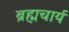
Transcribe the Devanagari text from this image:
ब्रह्मचार्य